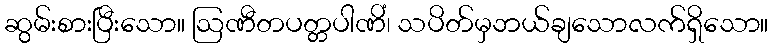
ဆွမ်းစားပြီးသော။ ဩဏီတပတ္တပါဏိံ၊ သပိတ်မှဘယ်ချသောလက်ရှိသော။